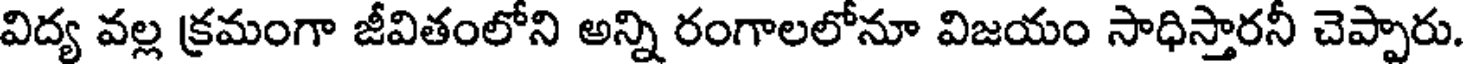
విద్య వల్ల క్రమంగా జీవితంలోని అన్ని రంగాలలోనూ విజయం సాధిస్తారనీ చెప్పారు.